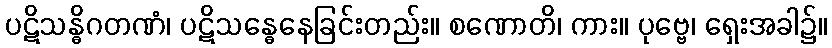
ပဋိသန္ဓိဂတဏံ၊ ပဋိသန္ဓေနေခြင်းတည်း။ စဏောတိ၊ ကား။ ပုဗ္ဗေ၊ ရှေးအခါ၌။